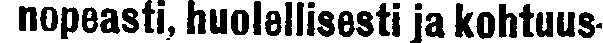
nopeasti, huolellisesti ja kohtuus-